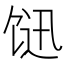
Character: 𩠇